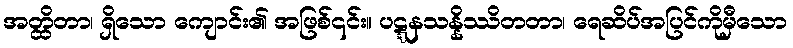
အတ္ထိတာ၊ ရှိသော ကျောင်း၏ အဖြစ်၎င်း။ ပဋ္ဋနသန္နိဿိတတာ၊ ရေဆိပ်အပြင်ကိုမှီသော